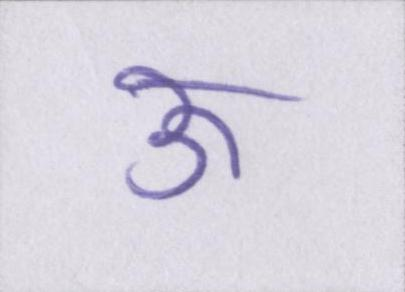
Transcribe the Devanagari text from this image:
ऊ